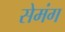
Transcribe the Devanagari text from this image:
सेमंग